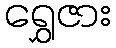
ရွှေဇား